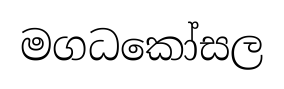
මගධකෝසල